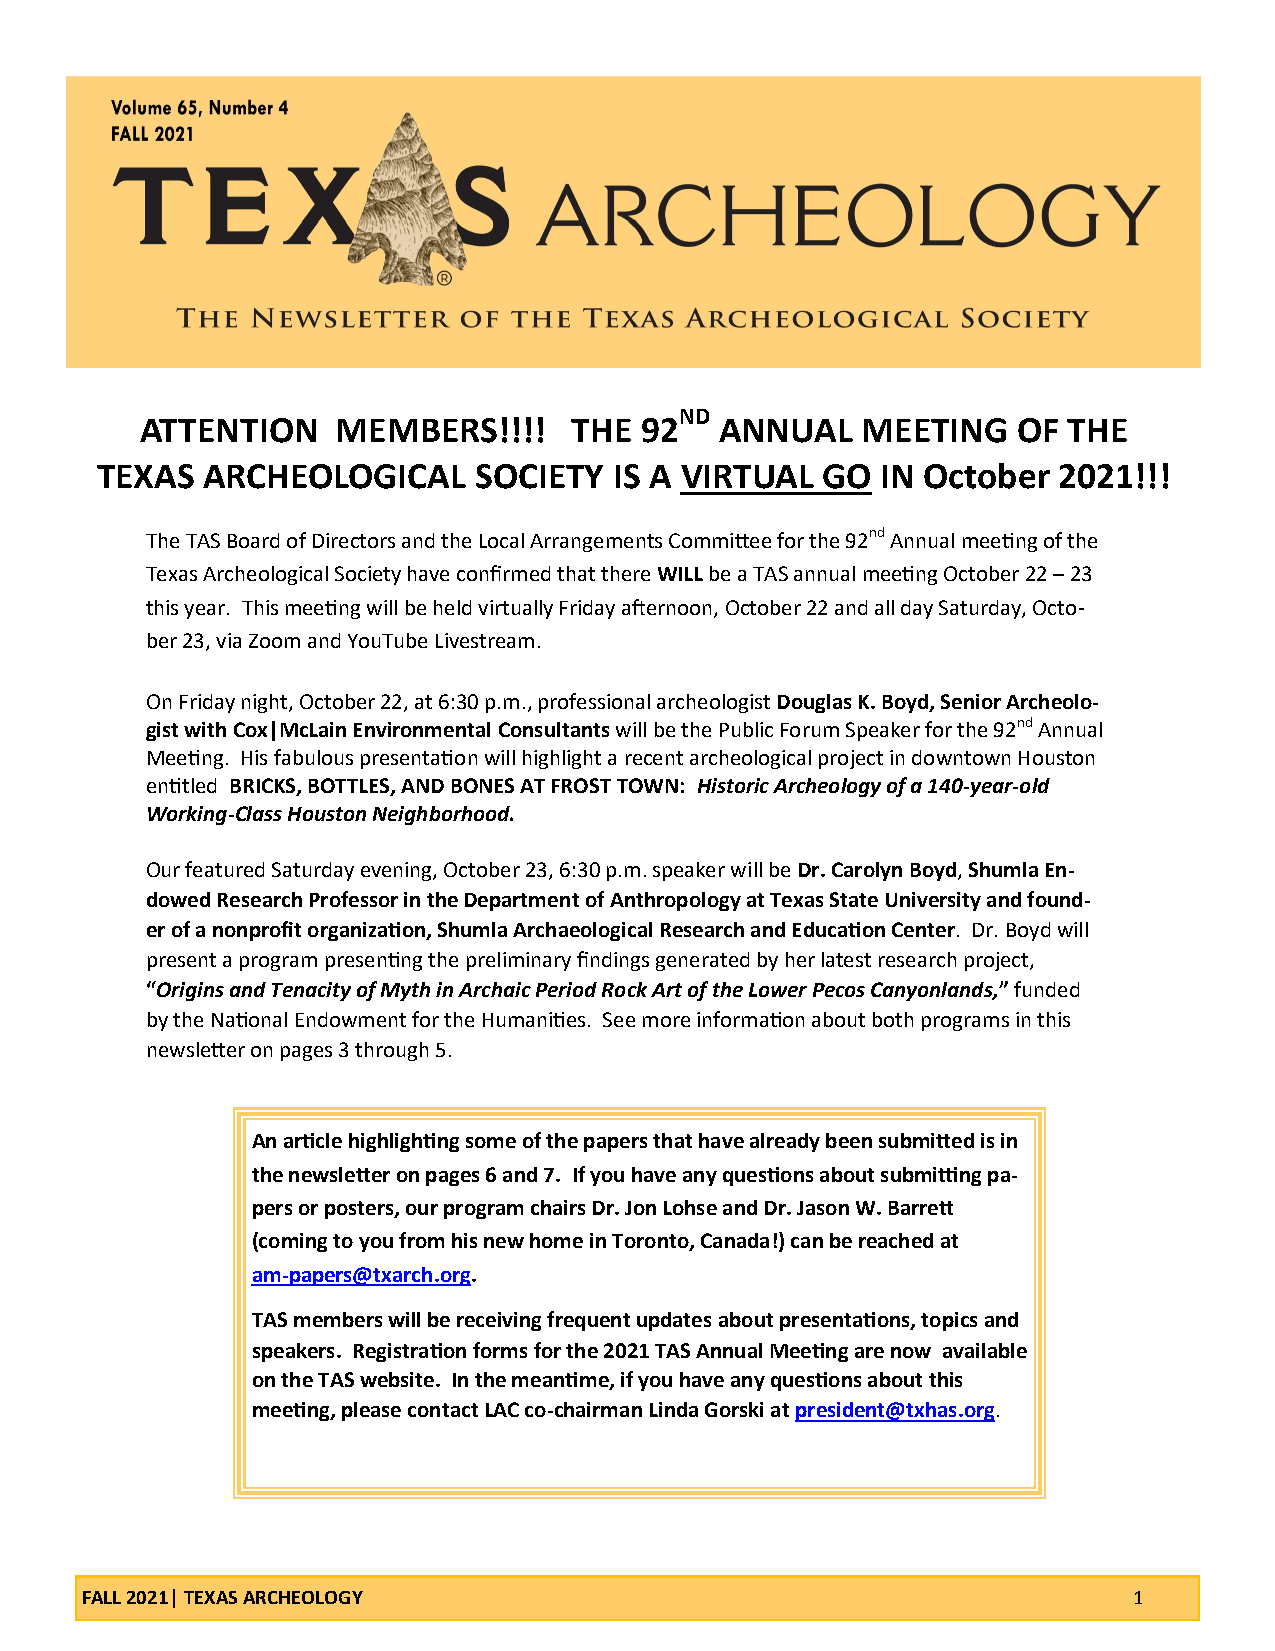
ND
 ATTENTION    MEMBERS!!!!     THE 92    ANNUAL   MEETING   OF  THE
 TEXAS  ARCHEOLOGICAL     SOCIETY   IS A VIRTUAL GO  IN October  2021!!!
 The TAS Board of Directors and the Local Arrangements Committee for the 92nd Annual meeting of the
 Texas Archeological Society have confirmed that there WILL be a TAS annual meeting October 22 – 23
 this year. This meeting will be held virtually Friday afternoon, October 22 and all day Saturday, Octo-
 ber 23, via Zoom and YouTube Livestream.
 On Friday night, October 22, at 6:30 p.m., professional archeologist Douglas K. Boyd, Senior Archeolo-
 gist with Cox|McLain Environmental Consultants will be the Public Forum Speaker for the 92nd Annual
 Meeting. His fabulous presentation will highlight a recent archeological project in downtown Houston
 entitled BRICKS, BOTTLES, AND BONES AT FROST TOWN: Historic Archeology of a 140-year-old
 Working-Class Houston Neighborhood.
 Our featured Saturday evening, October 23, 6:30 p.m. speaker will be Dr. Carolyn Boyd, Shumla En-
 dowed Research Professor in the Department of Anthropology at Texas State University and found-
 er of a nonprofit organization, Shumla Archaeological Research and Education Center. Dr. Boyd will
 present a program presenting the preliminary findings generated by her latest research project,
 “Origins and Tenacity of Myth in Archaic Period Rock Art of the Lower Pecos Canyonlands,” funded
 by the National Endowment for the Humanities. See more information about both programs in this
 newsletter on pages 3 through 5.
 An article highlighting some of the papers that have already been submitted is in
 the newsletter on pages 6 and 7. If you have any questions about submitting pa-
 pers or posters, our program chairs Dr. Jon Lohse and Dr. Jason W. Barrett
 (coming to you from his new home in Toronto, Canada!) can be reached at
 am-papers@txarch.org.
 TAS members will be receiving frequent updates about presentations, topics and
 speakers. Registration forms for the 2021 TAS Annual Meeting are now available
 on the TAS website. In the meantime, if you have any questions about this
 meeting, please contact LAC co-chairman Linda Gorski at president@txhas.org.
 FALL 2021| TEXAS ARCHEOLOGY                                           1